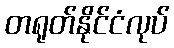
တရုတ်နိုင်ငံလုပ်